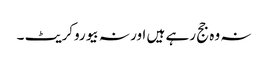
نہ وہ جج رہے ہیں اور نہ بیوروکریٹ ۔